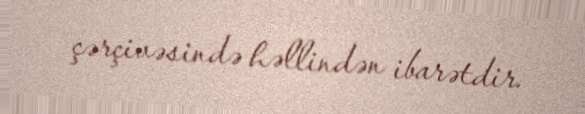
çərçivəsində həllindən ibarətdir.